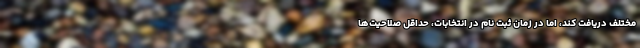
مختلف دریافت کند، اما در زمان ثبت نام در انتخابات، حداقل صلاحیت‌ها